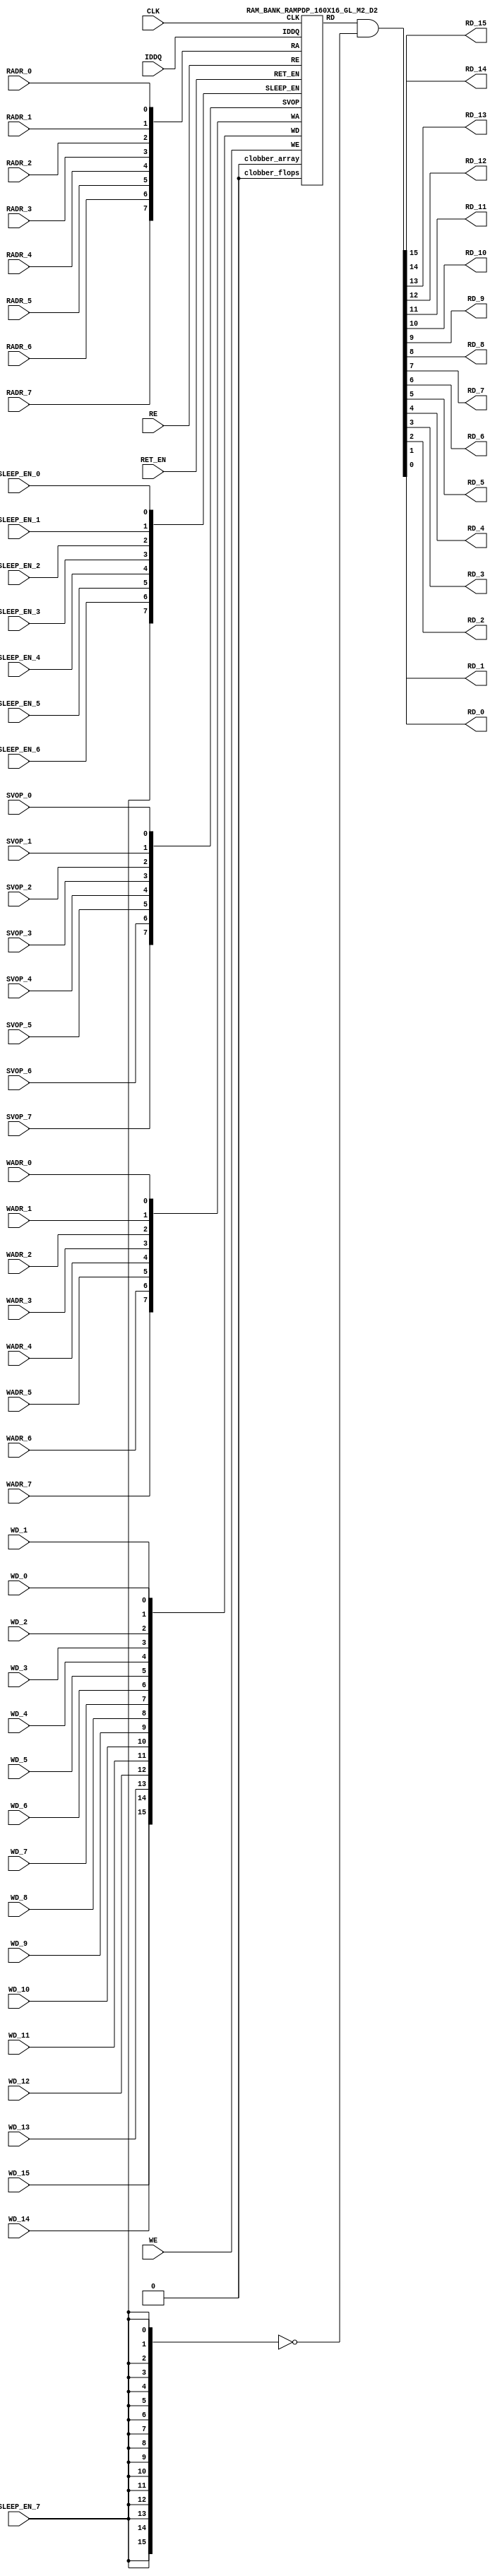
// ================================================================
// NVDLA Open Source Project
// 
// Copyright(c) 2016 - 2017 NVIDIA Corporation.  Licensed under the
// NVDLA Open Hardware License; Check "LICENSE" which comes with 
// this distribution for more information.
// ================================================================


`ifdef EMULATION
	`define SYNTHESIS
`endif

`ifndef SYNTHESIS
	`ifdef FAULT_INJECTION
		`define SIM_and_FAULT
	`endif
`endif

`ifndef SYNTHESIS
	`ifdef MONITOR
		`define SIM_and_MONITOR
	`endif
`endif


`ifndef SYNTHESIS 
`timescale 10ps/1ps
`endif 
`celldefine
module RAMPDP_160X16_GL_M2_D2 (  WE,  CLK, IDDQ, SVOP_0, SVOP_1, SVOP_2, SVOP_3, SVOP_4, SVOP_5, SVOP_6, SVOP_7 
,WD_15, WD_14, WD_13, WD_12, WD_11, WD_10, WD_9, WD_8, WD_7, WD_6, WD_5, WD_4, WD_3, WD_2, WD_1, WD_0,RD_15, RD_14, RD_13, RD_12, RD_11, RD_10, RD_9, RD_8, RD_7, RD_6, RD_5, RD_4, RD_3, RD_2, RD_1, RD_0, RE
, RADR_7, RADR_6, RADR_5, RADR_4, RADR_3, RADR_2, RADR_1, RADR_0, WADR_7, WADR_6, WADR_5, WADR_4, WADR_3, WADR_2, WADR_1, WADR_0, SLEEP_EN_7, SLEEP_EN_6, SLEEP_EN_5, SLEEP_EN_4, SLEEP_EN_3, SLEEP_EN_2, SLEEP_EN_1, SLEEP_EN_0, RET_EN
);

// nvProps NoBus SLEEP_EN_

`ifndef RAM_INTERFACE
`ifndef SYNTHESIS
// Physical ram size defined as localparam
parameter phy_rows = 80;
parameter phy_cols = 32;
parameter phy_rcols_pos = 32'b00000000000000000000000000000000;

`endif //SYNTHESIS
`endif //RAM_INTERFACE

// Test mode control ports
input IDDQ;
// Clock port
input CLK;
// SVOP ports
input SVOP_0, SVOP_1, SVOP_2, SVOP_3, SVOP_4, SVOP_5, SVOP_6, SVOP_7;
// Write data ports
input WD_15, WD_14, WD_13, WD_12, WD_11, WD_10, WD_9, WD_8, WD_7, WD_6, WD_5, WD_4, WD_3, WD_2, WD_1, WD_0;
// Read data ports
output RD_15, RD_14, RD_13, RD_12, RD_11, RD_10, RD_9, RD_8, RD_7, RD_6, RD_5, RD_4, RD_3, RD_2, RD_1, RD_0;
// Read enable ports
input RE;
// Write enable ports
input WE;
// Read address ports
input RADR_7, RADR_6, RADR_5, RADR_4, RADR_3, RADR_2, RADR_1, RADR_0;
// Write address ports
input WADR_7, WADR_6, WADR_5, WADR_4, WADR_3, WADR_2, WADR_1, WADR_0;

// PG Zone enables
input SLEEP_EN_0, SLEEP_EN_1, SLEEP_EN_2, SLEEP_EN_3, SLEEP_EN_4, SLEEP_EN_5, SLEEP_EN_6, SLEEP_EN_7, RET_EN;

`ifndef RAM_INTERFACE
wire VDD = 1'b1;
wire GND  = 1'b0;

// Combine the sleep enable pins into one bus
	wire [7:0] SLEEP_EN = {SLEEP_EN_7, SLEEP_EN_6, SLEEP_EN_5, SLEEP_EN_4, SLEEP_EN_3, SLEEP_EN_2, SLEEP_EN_1, SLEEP_EN_0};

// Signal to clamp the outputs when the VDD is power gated off.
	wire clamp_rd   = SLEEP_EN[7] ;

// State point clobering signals
// X-out state points when their power goes out
    wire clobber_x;
`ifndef SYNTHESIS
`ifdef DISABLE_REPAIR_X
    wire check_x = (RET_EN ^ (^SLEEP_EN[7:0]) ^  SVOP_0 ^ SVOP_1 ^ SVOP_2 ^ SVOP_3 ^ SVOP_4 ^ SVOP_5 ^ SVOP_6 ^ SVOP_7);
`else 
    wire check_x = (RET_EN ^ (^SLEEP_EN[7:0]) ^  SVOP_0 ^ SVOP_1 ^ SVOP_2 ^ SVOP_3 ^ SVOP_4 ^ SVOP_5 ^ SVOP_6 ^ SVOP_7 );
`endif 
    assign clobber_x = ((check_x === 1'bx) || (check_x === 1'bz))?1'b1:1'b0;
 
    wire clobber_array = (~RET_EN & (|SLEEP_EN[3:0]))  | clobber_x;
    wire clobber_flops = (|SLEEP_EN[7:4]) | clobber_x ;
`else //SYNTHESIS
    wire clobber_array = 1'b0;
    wire clobber_flops = 1'b0;
    assign clobber_x = 1'b0;
`endif //SYNTHESIS 

// Output valid signal
// Outputs are unknown in non-retention mode if VDDM is powered up , but VDD is not 
    wire outvalid;
	assign outvalid = ~(clobber_x | (~RET_EN & (|SLEEP_EN[3:0]) & (|(~SLEEP_EN[7:4]))));


//assemble & rename wires
// Extend the MSB's of the read/write addresses to cover all the flop inputs
// The number of address flops is fixed. Also combine all the individual *_* bits into one bus
	wire [7:0] RA = {RADR_7, RADR_6, RADR_5, RADR_4, RADR_3, RADR_2, RADR_1, RADR_0};
	wire [7:0] WA = {WADR_7, WADR_6, WADR_5, WADR_4, WADR_3, WADR_2, WADR_1, WADR_0};
// Combine all the write data input bits
	wire [15:0] WD = {WD_15, WD_14, WD_13, WD_12, WD_11, WD_10, WD_9, WD_8, WD_7, WD_6, WD_5, WD_4, WD_3, WD_2, WD_1, WD_0};
	wire [15:0] RD;
// Expand the read data bus into individual output bits
//	assign {RD_15, RD_14, RD_13, RD_12, RD_11, RD_10, RD_9, RD_8, RD_7, RD_6, RD_5, RD_4, RD_3, RD_2, RD_1, RD_0} = (outvalid) ? RD : 16'bx;
// Do the read data swizzing based on the number of words and bits. 
`ifndef SYNTHESIS
	assign {RD_15, RD_14, RD_13, RD_12, RD_11, RD_10, RD_9, RD_8, RD_7, RD_6, RD_5, RD_4, RD_3, RD_2, RD_1, RD_0} = (outvalid) ? RD & ~{16{clamp_rd}} : 16'bx;
`else
	assign {RD_15, RD_14, RD_13, RD_12, RD_11, RD_10, RD_9, RD_8, RD_7, RD_6, RD_5, RD_4, RD_3, RD_2, RD_1, RD_0} =  RD & ~{16{clamp_rd}};
`endif
	wire [7:0] SVOP = {SVOP_7, SVOP_6, SVOP_5, SVOP_4, SVOP_3, SVOP_2, SVOP_1, SVOP_0};


`ifndef EMULATION

// Instantiate memory bank
// This block defines the core functionality of the rams.
	RAM_BANK_RAMPDP_160X16_GL_M2_D2 ITOP ( WE, CLK, IDDQ, SVOP, WD, RD, RE, RA, WA
, SLEEP_EN
,  RET_EN, clobber_array , clobber_flops 
);

`ifndef SYNTHESIS 
// Tasks for initializing the arrays
//VCS coverage off    
always  @(clobber_array) begin : clobber_array_block
    integer i;
    if (clobber_array) begin
	    for (i=0; i<160; i=i+1) begin
		     mem_wr_raw(i, {16{1'bx}});
		end
    end
end


always  @(clobber_flops) begin
  if (clobber_flops) begin
      ITOP.RE_LATB <= 1'bx;
      ITOP.RE_FF <= 1'bx;
      ITOP.WE_LATB <= 1'bx;
      ITOP.WE_FF <= 1'bx;
      ITOP.RADR <= 8'bx;
      ITOP.WADR <= 8'bx;
      ITOP.WAFF <= 8'bx;
      ITOP.WDQ_pr <= 16'bx;
      ITOP.dout <= 16'bx;
  end
end  
//VCS coverage on    

//VCS coverage off    
task mem_wr_raw;
  input [7:0] addr;
  input [15:0] data;
  begin
    if (addr[0] == 1'b0) 
        ITOP.iow0.mem_wr_raw_subbank(addr[7:1], data);
    else if (addr[0] == 1'b1)
        ITOP.iow1.mem_wr_raw_subbank(addr[7:1], data);
  end
endtask

// Ramgen function for writing the arrays 
task mem_write;
  input [7:0] addr;
  input [15:0] data;
  begin
    ITOP.mem_write_bank(addr,data);
  end
endtask

// Ramgen function for reading the arrays 
function [15:0] mem_read;
input [7:0] addr;
  begin
        mem_read = ITOP.mem_read_bank(addr);
  end
endfunction


// Random only generates 32 bit value.
// If nbits > 32, call it multiple times
// Old random fill fills all memory locations with same random value


task mem_fill_random;
	reg [15:0] val;
	integer i;
	begin
		for (i=0; i<160; i=i+1) begin
		    val = {$random};
		    mem_wr_raw(i, val);
		end
	end 
endtask

// Fill the memory with a given bit value 
task mem_fill_value;
    input fill_bit;
	reg [15:0] val;
    integer i;
    begin
        val = {16{fill_bit}};
        for (i=0; i<160; i=i+1) begin
		    mem_wr_raw(i, val);
        end
    end
endtask 

// read logical address and feed into salat
task force_rd;
input [7:0] addr;
	reg [15:0] rd;

	`ifdef USE_RAMINIT_LIBS
	reg raminit_active, raminit_argcheck, raminit_debug, raminit_enable, raminit_random, raminit_invert,
	    raminit_val, raminit_waitclock, raminit_use_force;
	real raminit_delay_ns, raminit_waitclock_check_ns;
	initial
	begin
	  raminit_active    = 0; // default is inactive (plusarg to active the ram init functionality)
	  raminit_argcheck  = 0; // default is no plusargs check (apart from raminit_active and raminit_argcheck)
	  raminit_debug     = 0; // default is no debug messages
	  raminit_enable    = 0; // default is no init (variable indicating if the ram init functionality is enabled for this instance)
	  raminit_random    = 0; // default is no random init
	  raminit_invert    = 0; // default is not to invert the init value
	  raminit_val       = 0; // default init value is zero
	  raminit_waitclock = 0; // default is not to wait to clock to be non-X
	  raminit_use_force = 1; // default is to use force/release
	  raminit_delay_ns           = `ifdef NV_TOP_RESET_ON_DELAY  (`NV_TOP_RESET_ON_DELAY+2) `else 3 `endif; // default is 2ns after nv_top_reset_ goes low or ram clock is not X
	  raminit_waitclock_check_ns = `ifdef NV_TOP_RESET_OFF_DELAY (`NV_TOP_RESET_OFF_DELAY)  `else 0 `endif; // default is when nv_top_reset_ goes high
	  $value$plusargs("raminit_active=%d",    raminit_active);
	  $value$plusargs("raminit_argcheck=%d",  raminit_argcheck);
	  if (raminit_argcheck)
	  begin
	    // The following variables are not usually used as plusargs, but instead set through add_inst_array calls or the init_inst_file.
	    $value$plusargs("raminit_debug=%d",              raminit_debug);
	    $value$plusargs("raminit_enable=%d",             raminit_enable);
	    $value$plusargs("raminit_random=%d",             raminit_random);
	    $value$plusargs("raminit_invert=%d",             raminit_invert);
	    $value$plusargs("raminit_val=%d",                raminit_val);
	    $value$plusargs("raminit_waitclock=%d",          raminit_waitclock);
	    $value$plusargs("raminit_delay_ns=%f",           raminit_delay_ns);
	    $value$plusargs("raminit_waitclock_check_ns=%f", raminit_waitclock_check_ns);
	    $value$plusargs("raminit_use_force=%d",          raminit_use_force);
	  end
	  `ifdef INST_CHECK
	  `INST_CHECK(ram_inst_check0,raminit_active,raminit_debug,raminit_enable,raminit_random,raminit_val,raminit_invert,raminit_waitclock,raminit_delay_ns,raminit_waitclock_check_ns);
	  `endif
	  if (!raminit_active)  raminit_enable = 0;
	  else if (raminit_enable)
	  begin
	    if (raminit_random) raminit_val = `ifdef NO_PLI 1'b0 `else $RollPLI(0,1) `endif;
	    if (raminit_invert) raminit_val = ~raminit_val;
	  end
	  if (raminit_debug)
	  begin
	    $display("%m: raminit_active              = %d", raminit_active);
	    $display("%m: raminit_argcheck            = %d", raminit_argcheck);
	    $display("%m: raminit_debug               = %d", raminit_debug);
	    $display("%m: raminit_enable              = %d", raminit_enable);
	    $display("%m: raminit_random              = %d", raminit_random);
	    $display("%m: raminit_invert              = %d", raminit_invert);
	    $display("%m: raminit_val                 = %d", raminit_val);
	    $display("%m: raminit_waitclock           = %d", raminit_waitclock);
	    $display("%m: raminit_delay_ns            = %f ns", raminit_delay_ns);
	    $display("%m: raminit_waitclock_check_ns  = %f ns", raminit_waitclock_check_ns);
	    $display("%m: raminit_use_force           = %d", raminit_use_force);
	  end
	end
	`endif

	`ifdef USE_RAMINIT_LIBS
	// init rd
	task init_rd_regs;
	begin
	  #0; // wait for raminit variables to be set
	  if (raminit_enable)
	  begin : raminit_val_blk
	    reg [16-1:0] raminit_fullval;
	    if (raminit_random)  raminit_fullval = `ifdef NO_PLI {16 {1'b1}} `else { $RollPLI(0,{16{1'b1}}) } `endif ;
	    else                 raminit_fullval = {16 {raminit_val}};
	    if (raminit_invert)  raminit_fullval = ~raminit_fullval;
	    if (raminit_use_force)  force rd = raminit_fullval;
	    if (raminit_waitclock)  wait ( !== 1'bx);
	    #(raminit_delay_ns*100);
	    `ifdef INST_WAITCLOCK_CHECK
	    `INST_WAITCLOCK_CHECK(waitclock_inst_check0,raminit_waitclock,raminit_waitclock_check_ns,100)
	    `endif
	    if (raminit_use_force)  release rd;
	    rd = raminit_fullval;
	  end
	end
	endtask
	initial begin init_rd_regs();  end
	`ifdef RAMINIT_TRIGGER
	always @(`RAMINIT_TRIGGER)  init_rd_regs();
	`endif
	`endif // `ifdef USE_RAMINIT_LIBS

	begin
        if (addr[0] == 1'b0) 
            rd = ITOP.iow0.mem_read_raw_subbank(addr[7:1]);
        else if (addr[0] == 1'b1)
            rd = ITOP.iow1.mem_read_raw_subbank(addr[7:1]);
		ITOP.dout = rd;
	end
endtask

`ifdef MEM_PHYS_INFO
//function for physical array read row, takes physical address
function [31:0] mem_phys_read_padr;
input [6:0] addr;
	reg [31:0] rd_row;

	`ifdef USE_RAMINIT_LIBS
	// init rd_row
	task init_rd_row_regs;
	begin
	  #0; // wait for raminit variables to be set
	  if (raminit_enable)
	  begin : raminit_val_blk
	    reg [32-1:0] raminit_fullval;
	    if (raminit_random)  raminit_fullval = `ifdef NO_PLI {32 {1'b1}} `else { $RollPLI(0,{32{1'b1}}) } `endif ;
	    else                 raminit_fullval = {32 {raminit_val}};
	    if (raminit_invert)  raminit_fullval = ~raminit_fullval;
	    if (raminit_use_force)  force rd_row = raminit_fullval;
	    if (raminit_waitclock)  wait ( !== 1'bx);
	    #(raminit_delay_ns*100);
	    `ifdef INST_WAITCLOCK_CHECK
	    `INST_WAITCLOCK_CHECK(waitclock_inst_check1,raminit_waitclock,raminit_waitclock_check_ns,100)
	    `endif
	    if (raminit_use_force)  release rd_row;
	    rd_row = raminit_fullval;
	  end
	end
	endtask
	initial begin init_rd_row_regs();  end
	`ifdef RAMINIT_TRIGGER
	always @(`RAMINIT_TRIGGER)  init_rd_row_regs();
	`endif
	`endif // `ifdef USE_RAMINIT_LIBS

	reg [15:0] rd[1:0];
	integer i;
	begin
        rd[0] = ITOP.iow0.mem_read_raw_subbank(addr);
        rd[1] = ITOP.iow1.mem_read_raw_subbank(addr);
        for (i=0; i<=15; i=i+1) begin
            rd_row[i*2+0] = rd[0][i];
            rd_row[i*2+1] = rd[1][i];
		end
		mem_phys_read_padr = rd_row;
	end
endfunction

//function for physical array read row, takes logical address
function [31:0] mem_phys_read_ladr;
input [7:0] addr;
    reg [6:0] paddr;
	reg [31:0] rd_row;

	`ifdef USE_RAMINIT_LIBS
	// init rd_row
	task init_rd_row_regs;
	begin
	  #0; // wait for raminit variables to be set
	  if (raminit_enable)
	  begin : raminit_val_blk
	    reg [32-1:0] raminit_fullval;
	    if (raminit_random)  raminit_fullval = `ifdef NO_PLI {32 {1'b1}} `else { $RollPLI(0,{32{1'b1}}) } `endif ;
	    else                 raminit_fullval = {32 {raminit_val}};
	    if (raminit_invert)  raminit_fullval = ~raminit_fullval;
	    if (raminit_use_force)  force rd_row = raminit_fullval;
	    if (raminit_waitclock)  wait ( !== 1'bx);
	    #(raminit_delay_ns*100);
	    `ifdef INST_WAITCLOCK_CHECK
	    `INST_WAITCLOCK_CHECK(waitclock_inst_check2,raminit_waitclock,raminit_waitclock_check_ns,100)
	    `endif
	    if (raminit_use_force)  release rd_row;
	    rd_row = raminit_fullval;
	  end
	end
	endtask
	initial begin init_rd_row_regs();  end
	`ifdef RAMINIT_TRIGGER
	always @(`RAMINIT_TRIGGER)  init_rd_row_regs();
	`endif
	`endif // `ifdef USE_RAMINIT_LIBS

	reg [15:0] rd[1:0];
	integer i;
	begin
        paddr = (addr >> 1);
        rd[0] = ITOP.iow0.mem_read_raw_subbank(paddr);
        rd[1] = ITOP.iow1.mem_read_raw_subbank(paddr);
        for (i=0; i<=15; i=i+1) begin
            rd_row[i*2+0] = rd[0][i];
            rd_row[i*2+1] = rd[1][i];
		end
		mem_phys_read_ladr = rd_row;
	end
endfunction


//function for physical array read row with column masking, takes logical address
function [31:0] mem_phys_read_pmasked;
input [7:0] addr;
   reg [31:0] rd_row;

   `ifdef USE_RAMINIT_LIBS
   // init rd_row
   task init_rd_row_regs;
   begin
     #0; // wait for raminit variables to be set
     if (raminit_enable)
     begin : raminit_val_blk
       reg [32-1:0] raminit_fullval;
       if (raminit_random)  raminit_fullval = `ifdef NO_PLI {32 {1'b1}} `else { $RollPLI(0,{32{1'b1}}) } `endif ;
       else                 raminit_fullval = {32 {raminit_val}};
       if (raminit_invert)  raminit_fullval = ~raminit_fullval;
       if (raminit_use_force)  force rd_row = raminit_fullval;
       if (raminit_waitclock)  wait ( !== 1'bx);
       #(raminit_delay_ns*100);
       `ifdef INST_WAITCLOCK_CHECK
       `INST_WAITCLOCK_CHECK(waitclock_inst_check3,raminit_waitclock,raminit_waitclock_check_ns,100)
       `endif
       if (raminit_use_force)  release rd_row;
       rd_row = raminit_fullval;
     end
   end
   endtask
   initial begin init_rd_row_regs();  end
   `ifdef RAMINIT_TRIGGER
   always @(`RAMINIT_TRIGGER)  init_rd_row_regs();
   `endif
   `endif // `ifdef USE_RAMINIT_LIBS

   reg [15:0] rd[1 : 0];
   integer i;
   begin
        rd[0] = (addr[0:0] === 0) ? ITOP.iow0.mem_read_raw_subbank(addr[7:1]) : 16'bx;
        rd[1] = (addr[0:0] === 1) ? ITOP.iow1.mem_read_raw_subbank(addr[7:1]) : 16'bx;
        for (i=0; i<=15; i=i+1) begin
            rd_row[i*2+0] = rd[0][i];
            rd_row[i*2+1] = rd[1][i];
        end
        mem_phys_read_pmasked = rd_row;
    end
endfunction

//Task for physical array write row, takes physical address
task mem_phys_write;
input [6:0] addr;
input [31:0] data;
	reg [15:0] wr[1:0];
	integer i;
	begin
        for (i=0; i<=15; i=i+1) begin
            wr[0][i] = data[i*2+0];
            wr[1][i] = data[i*2+1];
		end
        ITOP.iow0.mem_wr_raw_subbank(addr,wr[0]);
        ITOP.iow1.mem_wr_raw_subbank(addr,wr[1]);
	end
endtask

// Function to return a physical address given a logical address input.
function [6:0] mem_log_to_phys_adr;
input [7:0] addr;
    begin
        mem_log_to_phys_adr = (addr >> 1) ; 
    end
endfunction 
`endif //MEM_PHYS_INFO

`ifdef MONITOR
// Monitor dump trigger
reg dump_monitor_result;

initial begin : init_monitor
  dump_monitor_result = 1'b0;
end

task monitor_on;
    begin
		ITOP.iow0.monitor_on = 1'b1;
		ITOP.iow1.monitor_on = 1'b1;
   end
endtask

task monitor_off;
    begin
		ITOP.iow0.monitor_on = 1'b0;
		ITOP.iow1.monitor_on = 1'b0;
        dump_monitor_result = 1'b1;
    end
endtask

// read bit_written monitor row by physical address from subarray
function [31:0] mon_bit_w;
input [6:0] addr;
	reg [31:0] mon_row;
	reg [15:0] mon_word[1:0];
	integer i;
	begin
		// read all monitor words for a row
		mon_word[0] = ITOP.iow0.bit_written[addr];
		mon_word[1] = ITOP.iow1.bit_written[addr];
		// combine all 2 words to a row
		for (i=0; i<=15; i=i+1) begin
			mon_row[i*2+0] = mon_word[0][i];
			mon_row[i*2+1] = mon_word[1][i];
		end
		mon_bit_w = mon_row;
	end
endfunction

// read bit_read monitor word by address from subarray
function [31:0] mon_bit_r;
input [6:0] addr;
	reg [31:0] mon_row;
	reg [15:0] mon_word[1:0];
	integer i;
	begin
		// read all monitor words for a row
		mon_word[0] = ITOP.iow0.bit_read[addr];
		mon_word[1] = ITOP.iow1.bit_read[addr];
		// combine all 2 words to a row
		for (i=0; i<=15; i=i+1) begin
			mon_row[i*2+0] = mon_word[0][i];
			mon_row[i*2+1] = mon_word[1][i];
		end
		mon_bit_r = mon_row;
	end
endfunction

// read word_written monitor row by physical address from subarray
function  mon_word_w;
input [6:0] addr;
	reg mon_word[1:0];
	integer i;
	begin
		// read all monitor words for a row
		mon_word[0] = ITOP.iow0.word_written[addr];
		mon_word[1] = ITOP.iow1.word_written[addr];
		// combine all 2 words to a row
		mon_word_w = mon_word[0] | mon_word[1] ;
	end
endfunction

// read word_read monitor row by physical address from subarray
function  mon_word_r;
input [6:0] addr;
	reg mon_word[1:0];
	integer i;
	begin
		// read all monitor words for a row
		mon_word[0] = ITOP.iow0.word_read[addr];
		mon_word[1] = ITOP.iow1.word_read[addr];
		// combine all 2 words to a row
		mon_word_r = mon_word[0] | mon_word[1] ;
	end
endfunction

always @(dump_monitor_result) begin : dump_monitor
	integer i;
	integer j;
	reg [31:0] tmp_row;
    reg tmp_bit;
	if (dump_monitor_result == 1'b1) begin
	    $display("Exercised coverage summary:");
        $display("\t%m rows unwritten:");
        for(i=0;i<=80;i=i+1) begin
			tmp_bit = mon_word_w(i);
            if (tmp_bit !== 1) $display("\t\trow %d", i);
		end
        $display("\t%m rows unread:");
        for(i=0;i<=80;i=i+1) begin
			tmp_bit = mon_word_r(i);
            if (tmp_bit !== 1) $display("\t\trow %d", i);
		end
		$display("\t%m bits not written as 0:");
		for (i=0; i<80; i=i+1) begin
			tmp_row = mon_bit_w(i);
			for (j=0; j<32; j=j+1) begin
				if (tmp_row[j] !== 1'b0 && tmp_row[j] !== 1'bz) $display("\t\t[row,bit] [%d,%d]", i, j);
			end
		end
		$display("\t%m bits not written as 1:");
		for (i=0; i<80; i=i+1) begin
			tmp_row = mon_bit_w(i);
			for (j=0; j<32; j=j+1) begin
				if (tmp_row[j] !== 1'b1 && tmp_row[j] !== 1'bz) $display("\t\t[row,bit] [%d,%d]", i, j);
			end
		end
		$display("\t%m bits not read as 0:");
		for (i=0; i<80; i=i+1) begin
			tmp_row = mon_bit_r(i);
			for (j=0; j<32; j=j+1) begin
				if (tmp_row[j] !== 1'b0 && tmp_row[j] !== 1'bz) $display("\t\t[row,bit] [%d,%d]", i, j);
			end
		end
		$display("\t%m bits not read as 1:");
		for (i=0; i<80; i=i+1) begin
			tmp_row = mon_bit_r(i);
			for (j=0; j<32; j=j+1) begin
				if (tmp_row[j] !== 1'b1 && tmp_row[j] !== 1'bz) $display("\t\t[row,bit] [%d,%d]", i, j);
			end
		end
		dump_monitor_result = 1'b0;
	end
end

//VCS coverage on    
`endif // MONITOR

`ifdef NV_RAM_EXPAND_ARRAY
wire [15:0] Q_0 = ITOP.iow0.arr[0];
wire [15:0] Q_1 = ITOP.iow1.arr[0];
wire [15:0] Q_2 = ITOP.iow0.arr[1];
wire [15:0] Q_3 = ITOP.iow1.arr[1];
wire [15:0] Q_4 = ITOP.iow0.arr[2];
wire [15:0] Q_5 = ITOP.iow1.arr[2];
wire [15:0] Q_6 = ITOP.iow0.arr[3];
wire [15:0] Q_7 = ITOP.iow1.arr[3];
wire [15:0] Q_8 = ITOP.iow0.arr[4];
wire [15:0] Q_9 = ITOP.iow1.arr[4];
wire [15:0] Q_10 = ITOP.iow0.arr[5];
wire [15:0] Q_11 = ITOP.iow1.arr[5];
wire [15:0] Q_12 = ITOP.iow0.arr[6];
wire [15:0] Q_13 = ITOP.iow1.arr[6];
wire [15:0] Q_14 = ITOP.iow0.arr[7];
wire [15:0] Q_15 = ITOP.iow1.arr[7];
wire [15:0] Q_16 = ITOP.iow0.arr[8];
wire [15:0] Q_17 = ITOP.iow1.arr[8];
wire [15:0] Q_18 = ITOP.iow0.arr[9];
wire [15:0] Q_19 = ITOP.iow1.arr[9];
wire [15:0] Q_20 = ITOP.iow0.arr[10];
wire [15:0] Q_21 = ITOP.iow1.arr[10];
wire [15:0] Q_22 = ITOP.iow0.arr[11];
wire [15:0] Q_23 = ITOP.iow1.arr[11];
wire [15:0] Q_24 = ITOP.iow0.arr[12];
wire [15:0] Q_25 = ITOP.iow1.arr[12];
wire [15:0] Q_26 = ITOP.iow0.arr[13];
wire [15:0] Q_27 = ITOP.iow1.arr[13];
wire [15:0] Q_28 = ITOP.iow0.arr[14];
wire [15:0] Q_29 = ITOP.iow1.arr[14];
wire [15:0] Q_30 = ITOP.iow0.arr[15];
wire [15:0] Q_31 = ITOP.iow1.arr[15];
wire [15:0] Q_32 = ITOP.iow0.arr[16];
wire [15:0] Q_33 = ITOP.iow1.arr[16];
wire [15:0] Q_34 = ITOP.iow0.arr[17];
wire [15:0] Q_35 = ITOP.iow1.arr[17];
wire [15:0] Q_36 = ITOP.iow0.arr[18];
wire [15:0] Q_37 = ITOP.iow1.arr[18];
wire [15:0] Q_38 = ITOP.iow0.arr[19];
wire [15:0] Q_39 = ITOP.iow1.arr[19];
wire [15:0] Q_40 = ITOP.iow0.arr[20];
wire [15:0] Q_41 = ITOP.iow1.arr[20];
wire [15:0] Q_42 = ITOP.iow0.arr[21];
wire [15:0] Q_43 = ITOP.iow1.arr[21];
wire [15:0] Q_44 = ITOP.iow0.arr[22];
wire [15:0] Q_45 = ITOP.iow1.arr[22];
wire [15:0] Q_46 = ITOP.iow0.arr[23];
wire [15:0] Q_47 = ITOP.iow1.arr[23];
wire [15:0] Q_48 = ITOP.iow0.arr[24];
wire [15:0] Q_49 = ITOP.iow1.arr[24];
wire [15:0] Q_50 = ITOP.iow0.arr[25];
wire [15:0] Q_51 = ITOP.iow1.arr[25];
wire [15:0] Q_52 = ITOP.iow0.arr[26];
wire [15:0] Q_53 = ITOP.iow1.arr[26];
wire [15:0] Q_54 = ITOP.iow0.arr[27];
wire [15:0] Q_55 = ITOP.iow1.arr[27];
wire [15:0] Q_56 = ITOP.iow0.arr[28];
wire [15:0] Q_57 = ITOP.iow1.arr[28];
wire [15:0] Q_58 = ITOP.iow0.arr[29];
wire [15:0] Q_59 = ITOP.iow1.arr[29];
wire [15:0] Q_60 = ITOP.iow0.arr[30];
wire [15:0] Q_61 = ITOP.iow1.arr[30];
wire [15:0] Q_62 = ITOP.iow0.arr[31];
wire [15:0] Q_63 = ITOP.iow1.arr[31];
wire [15:0] Q_64 = ITOP.iow0.arr[32];
wire [15:0] Q_65 = ITOP.iow1.arr[32];
wire [15:0] Q_66 = ITOP.iow0.arr[33];
wire [15:0] Q_67 = ITOP.iow1.arr[33];
wire [15:0] Q_68 = ITOP.iow0.arr[34];
wire [15:0] Q_69 = ITOP.iow1.arr[34];
wire [15:0] Q_70 = ITOP.iow0.arr[35];
wire [15:0] Q_71 = ITOP.iow1.arr[35];
wire [15:0] Q_72 = ITOP.iow0.arr[36];
wire [15:0] Q_73 = ITOP.iow1.arr[36];
wire [15:0] Q_74 = ITOP.iow0.arr[37];
wire [15:0] Q_75 = ITOP.iow1.arr[37];
wire [15:0] Q_76 = ITOP.iow0.arr[38];
wire [15:0] Q_77 = ITOP.iow1.arr[38];
wire [15:0] Q_78 = ITOP.iow0.arr[39];
wire [15:0] Q_79 = ITOP.iow1.arr[39];
wire [15:0] Q_80 = ITOP.iow0.arr[40];
wire [15:0] Q_81 = ITOP.iow1.arr[40];
wire [15:0] Q_82 = ITOP.iow0.arr[41];
wire [15:0] Q_83 = ITOP.iow1.arr[41];
wire [15:0] Q_84 = ITOP.iow0.arr[42];
wire [15:0] Q_85 = ITOP.iow1.arr[42];
wire [15:0] Q_86 = ITOP.iow0.arr[43];
wire [15:0] Q_87 = ITOP.iow1.arr[43];
wire [15:0] Q_88 = ITOP.iow0.arr[44];
wire [15:0] Q_89 = ITOP.iow1.arr[44];
wire [15:0] Q_90 = ITOP.iow0.arr[45];
wire [15:0] Q_91 = ITOP.iow1.arr[45];
wire [15:0] Q_92 = ITOP.iow0.arr[46];
wire [15:0] Q_93 = ITOP.iow1.arr[46];
wire [15:0] Q_94 = ITOP.iow0.arr[47];
wire [15:0] Q_95 = ITOP.iow1.arr[47];
wire [15:0] Q_96 = ITOP.iow0.arr[48];
wire [15:0] Q_97 = ITOP.iow1.arr[48];
wire [15:0] Q_98 = ITOP.iow0.arr[49];
wire [15:0] Q_99 = ITOP.iow1.arr[49];
wire [15:0] Q_100 = ITOP.iow0.arr[50];
wire [15:0] Q_101 = ITOP.iow1.arr[50];
wire [15:0] Q_102 = ITOP.iow0.arr[51];
wire [15:0] Q_103 = ITOP.iow1.arr[51];
wire [15:0] Q_104 = ITOP.iow0.arr[52];
wire [15:0] Q_105 = ITOP.iow1.arr[52];
wire [15:0] Q_106 = ITOP.iow0.arr[53];
wire [15:0] Q_107 = ITOP.iow1.arr[53];
wire [15:0] Q_108 = ITOP.iow0.arr[54];
wire [15:0] Q_109 = ITOP.iow1.arr[54];
wire [15:0] Q_110 = ITOP.iow0.arr[55];
wire [15:0] Q_111 = ITOP.iow1.arr[55];
wire [15:0] Q_112 = ITOP.iow0.arr[56];
wire [15:0] Q_113 = ITOP.iow1.arr[56];
wire [15:0] Q_114 = ITOP.iow0.arr[57];
wire [15:0] Q_115 = ITOP.iow1.arr[57];
wire [15:0] Q_116 = ITOP.iow0.arr[58];
wire [15:0] Q_117 = ITOP.iow1.arr[58];
wire [15:0] Q_118 = ITOP.iow0.arr[59];
wire [15:0] Q_119 = ITOP.iow1.arr[59];
wire [15:0] Q_120 = ITOP.iow0.arr[60];
wire [15:0] Q_121 = ITOP.iow1.arr[60];
wire [15:0] Q_122 = ITOP.iow0.arr[61];
wire [15:0] Q_123 = ITOP.iow1.arr[61];
wire [15:0] Q_124 = ITOP.iow0.arr[62];
wire [15:0] Q_125 = ITOP.iow1.arr[62];
wire [15:0] Q_126 = ITOP.iow0.arr[63];
wire [15:0] Q_127 = ITOP.iow1.arr[63];
wire [15:0] Q_128 = ITOP.iow0.arr[64];
wire [15:0] Q_129 = ITOP.iow1.arr[64];
wire [15:0] Q_130 = ITOP.iow0.arr[65];
wire [15:0] Q_131 = ITOP.iow1.arr[65];
wire [15:0] Q_132 = ITOP.iow0.arr[66];
wire [15:0] Q_133 = ITOP.iow1.arr[66];
wire [15:0] Q_134 = ITOP.iow0.arr[67];
wire [15:0] Q_135 = ITOP.iow1.arr[67];
wire [15:0] Q_136 = ITOP.iow0.arr[68];
wire [15:0] Q_137 = ITOP.iow1.arr[68];
wire [15:0] Q_138 = ITOP.iow0.arr[69];
wire [15:0] Q_139 = ITOP.iow1.arr[69];
wire [15:0] Q_140 = ITOP.iow0.arr[70];
wire [15:0] Q_141 = ITOP.iow1.arr[70];
wire [15:0] Q_142 = ITOP.iow0.arr[71];
wire [15:0] Q_143 = ITOP.iow1.arr[71];
wire [15:0] Q_144 = ITOP.iow0.arr[72];
wire [15:0] Q_145 = ITOP.iow1.arr[72];
wire [15:0] Q_146 = ITOP.iow0.arr[73];
wire [15:0] Q_147 = ITOP.iow1.arr[73];
wire [15:0] Q_148 = ITOP.iow0.arr[74];
wire [15:0] Q_149 = ITOP.iow1.arr[74];
wire [15:0] Q_150 = ITOP.iow0.arr[75];
wire [15:0] Q_151 = ITOP.iow1.arr[75];
wire [15:0] Q_152 = ITOP.iow0.arr[76];
wire [15:0] Q_153 = ITOP.iow1.arr[76];
wire [15:0] Q_154 = ITOP.iow0.arr[77];
wire [15:0] Q_155 = ITOP.iow1.arr[77];
wire [15:0] Q_156 = ITOP.iow0.arr[78];
wire [15:0] Q_157 = ITOP.iow1.arr[78];
wire [15:0] Q_158 = ITOP.iow0.arr[79];
wire [15:0] Q_159 = ITOP.iow1.arr[79];
`endif //NV_RAM_EXPAND_ARRAY
`endif //SYNTHESIS

`ifdef FAULT_INJECTION
// BIST stuck at tasks
// induce faults on columns
//VCS coverage off    
task mem_fault_no_write;
input [15:0] fault_mask;
    begin
        ITOP.iow0.mem_fault_no_write_subbank(fault_mask);
        ITOP.iow1.mem_fault_no_write_subbank(fault_mask);
    end
endtask

task mem_fault_stuck_0;
input [15:0] fault_mask;
    begin
        ITOP.iow0.mem_fault_stuck_0_subbank(fault_mask);
        ITOP.iow1.mem_fault_stuck_0_subbank(fault_mask);
    end
endtask

task mem_fault_stuck_1;
input [15:0] fault_mask;
    begin
        ITOP.iow0.mem_fault_stuck_1_subbank(fault_mask);
        ITOP.iow1.mem_fault_stuck_1_subbank(fault_mask);
    end
endtask

task set_bit_fault_stuck_0;
input r;
input c;
integer r;
integer c;

  if ( (r % 2) == 0) 
    ITOP.iow0.set_bit_fault_stuck_0_subbank((r/2), c);
  else if  ( (r % 2) == 1)
    ITOP.iow1.set_bit_fault_stuck_0_subbank((r/2), c);

endtask

task set_bit_fault_stuck_1;
input r;
input c;
integer r;
integer c;
 
    if ( (r % 2) == 0) 
    ITOP.iow0.set_bit_fault_stuck_1_subbank((r/2), c);
  else if  ( (r % 2) == 1)
    ITOP.iow1.set_bit_fault_stuck_1_subbank((r/2), c);

endtask

task clear_bit_fault_stuck_0;
input r;
input c;
integer r;
integer c;

  if ( (r % 2) == 0) 
    ITOP.iow0.clear_bit_fault_stuck_0_subbank((r/2), c);
  else if  ( (r % 2) == 1)
    ITOP.iow1.clear_bit_fault_stuck_0_subbank((r/2), c);

endtask

task clear_bit_fault_stuck_1;
input r;
input c;
integer r;
integer c;

  if ( (r % 2) == 0) 
    ITOP.iow0.clear_bit_fault_stuck_1_subbank((r/2), c);
  else if  ( (r % 2) == 1)
    ITOP.iow1.clear_bit_fault_stuck_1_subbank((r/2), c);

endtask
//VCS coverage on    

`endif // STUCK
`else // EMULATION=1 
//VCS coverage off    
// The emulation model is a simple model which models only basic functionality and contains no test logic or redundancy.
// The model also uses flops wherever possible. Latches are avoided to help close timing on the emulator.
// The unused pins are left floating in the model.

// Register declarations
// enables 
    reg RE_FF,WE_FF,RE_LAT,WE_LAT;
// Addresses 
    reg [7:0] RAFF,WAFF;
// Data 
    reg [15:0] WD_FF;
    reg [15:0] RD_LAT;
 
// Latch the enables
//spyglass disable_block IntClock,W18 
    always @(*) begin 
        if (!CLK) begin
            RE_LAT <= RE; 
            WE_LAT <= WE; 
        end 
    end
//spyglass enable_block IntClock,W18 
            
// Flop the enables : RE/WE/RE_O
    always @(posedge CLK) begin
        RE_FF <= RE; //spyglass disable IntClock
        WE_FF <= WE; //spyglass disable IntClock
    end 

// Gated clock for the read/write operations 
    wire RECLK = CLK & RE_LAT; //spyglass disable GatedClock
    wire WECLK = CLK & WE_LAT; //spyglass disable GatedClock

// Flop the addresses/write data//mask 
    always @(posedge RECLK) 
        RAFF <= RA; //spyglass disable IntClock
    always @(posedge WECLK) begin 
        WAFF <= WA; //spyglass disable IntClock
        WD_FF <= WD; //spyglass disable IntClock
    end 



// Memory 
    reg [15:0] mem[159:0]; 

// write into the memory on negative edge of clock
   wire WRCLK = ~CLK & WE_FF ; //spyglass disable GatedClock
 
    always @(posedge WRCLK)
        mem[WAFF] <= WD_FF; //spyglass disable SYNTH_5130

// Read 
    wire [15:0] dout;
    assign dout = mem[RAFF]; //spyglass disable SYNTH_5130
    reg [15:0] dout_LAT;
    always @(RECLK or dout) 
        if (RECLK) 
            dout_LAT <= dout; //spyglass disable W18
    assign RD = dout_LAT;

`endif // EMULATION
//VCS coverage on    
`endif  // end RAM_INTERFACE
endmodule
`endcelldefine

`ifndef RAM_INTERFACE
`ifndef EMULATION

//memory bank block
module RAM_BANK_RAMPDP_160X16_GL_M2_D2 ( WE, CLK, IDDQ, SVOP, WD, RD, RE, RA, WA
, SLEEP_EN
, RET_EN , clobber_array , clobber_flops 
);

// Input/output port definitions
input  WE, CLK, IDDQ , RE;
input [7:0] SVOP;
input [15:0] WD;
input [7:0] RA, WA;
output [15:0] RD;
input [7:0] SLEEP_EN;

input RET_EN , clobber_array , clobber_flops ; 

// When there is no bypass requested, tie the internal bypass select to 0.
    wire RDBYP = 1'b0;
//Definitions of latches and flops in the design
// *_LAT --> Latched value
// *_LATB --> inverted latch value
// *_FF   --> Flopped version
	reg RE_LATB, RE_FF, WE_LATB, WE_FF;
	reg [7:0] RADR, WADR, WAFF;

    // For non-pipelined rams , capture_dis is disabled
    wire CAPT_DIS = 1'b0;

// Clamp the array access when IDDQ=1
	wire CLAMPB = ~IDDQ;
	wire latffclk = CLK;

// Latch and flop the primary control enables. This is on the unconditional clock.
// spyglass disable_block W18
	always @(*) begin
    // Latch part 
		if(!latffclk & !clobber_flops) begin
            RE_LATB     <= ~RE ;
            // Write Enable 
			WE_LATB     <= ~WE; // spyglass disable IntClock
		end // end if
	end // end always

	always @(*) begin
    // Flop part
		if (latffclk & !clobber_flops) begin
        // Flop outputs of the latches above
            WE_FF      <= ~WE_LATB;
			RE_FF      <= ~RE_LATB;
        end // end if
    end // end always
// spyglass enable_block W18
    
// Conditional clock generation.

// Write enable	and clock
// Clocks are generated when the write enable OR SE == 1 , but SHOLD == 0
    wire we_se   = ~WE_LATB;
	wire WRDCLK  = we_se & latffclk & !clobber_flops; // spyglass disable GatedClock
	wire WADRCLK = WRDCLK;

// Read enable and clock
// There is no SHOLD dependence on the read clocks because these are implemented using loopback flops
// Clocks are generated when the Read enable OR SE == 1
    wire re_se   = ~RE_LATB;
	wire RADRCLK =  re_se & latffclk ;

//  *** The model reads in A , writes in B ***
// Read clock to the memory is off the rising edge of clock
// CLk ==1 , when RE=1 or (SE=1 and SCRE=1) && (ACC_DIS == 1)
// SE=1 and SCRE=1 is needed to force known values into the latches for launch in testmodes.
	wire RECLK   = (~RE_LATB) & CLAMPB & !clobber_flops & !RET_EN & CLK;
// Writes are shifted to the low phase of the clock
// Flopped version of the enables are used to prevent glitches in the clock
// SCWI ==1 prevents writes into the memory
    wire WECLK   = WE_FF &  CLAMPB & !clobber_flops & !RET_EN & ~CLK;
	wire RWSEL   = WE_FF &  CLAMPB & ~CLK;



// Latch read addresses
// spyglass disable_block W18
	always @(*) begin
		if(!RADRCLK & !clobber_flops) begin
			RADR <= RA;
		end // end if
	end // end always


// Flop write address
	always @(posedge WADRCLK) begin
		WAFF <= WA ;
	end
// spyglass enable_block W18


// Force the MSB's to 0 in the SCRE mode. This makes sure that we will always read in from valid addresses for resetting the output latches.
	wire [7:0] RADRSWI = RADR[7:0];
// Select the read address when CLK=1 and write addresses when CLK=0
	wire [7:0] ADR = {8{RWSEL}} & WAFF | ~{8{RWSEL}} & RADRSWI;

	wire [7:0] fusePDEC2;
	wire [7:0] fusePDEC1;
	wire [7:0] fusePDEC0;
    wire fuseien;
// Non repairable rams
    assign fusePDEC2 = {8{1'b0}};
    assign fusePDEC1 = {8{1'b0}};
    assign fusePDEC0 = {8{1'b0}};
    assign fuseien = 0;

//io part
	wire [15:0] WDQ;
	wire [15:0] WDBQ;
	wire [15:0] WMNexp;
	wire [15:0] WMNQ;

// Expand the fuse predec to 512 bits . It follows the 8x8x8 repeat pattern
// We will use only the ones needed for this particular ram configuration and ignore the rest
	wire [511:0] PDEC2 = {{64{fusePDEC2[7]}}, {64{fusePDEC2[6]}}, {64{fusePDEC2[5]}}, {64{fusePDEC2[4]}}, {64{fusePDEC2[3]}}, {64{fusePDEC2[2]}}, {64{fusePDEC2[1]}}, {64{fusePDEC2[0]}}};
	wire [511:0] PDEC1 = {8{{8{fusePDEC1[7]}}, {8{fusePDEC1[6]}}, {8{fusePDEC1[5]}}, {8{fusePDEC1[4]}}, {8{fusePDEC1[3]}}, {8{fusePDEC1[2]}}, {8{fusePDEC1[1]}}, {8{fusePDEC1[0]}}}};
	wire [511:0] PDEC0 = {64{fusePDEC0[7:0]}};
	wire [15:0] BADBIT, SHFT;

// SHIFT<*> == 1 --> No repair at that bit , 0 --> repair at that bit .
// SHIFT<X> == not(and Pdec*<X>) & SHIFT<X-1>
    assign BADBIT = {16{1'b0}};
    assign SHFT   = {16{1'b1}};

    reg [15:0] WDQ_pr;
    wire [15:0] WDBQ_pr;

    assign WMNexp = {16{1'b1}};

    always @(posedge WRDCLK) begin
// Flop write data
		WDQ_pr[15:0]    <= WD & WMNexp;
	end

    assign WDBQ_pr = ~WDQ_pr;

    assign WMNQ = (WDQ | WDBQ);
	assign WDQ  = WDQ_pr;
	assign WDBQ = WDBQ_pr;

    reg [15:0] dout;
	wire [15:0] RD;
	wire RD_rdnt;

	wire [15:0] sel_normal, sel_redun;

// Read bypass is not used for non custom ram
	wire [15:0] RDBYPASS = {16{1'b0}};


// Read bypass will override redunancy mux .
	assign sel_redun  = ~SHFT & ~RDBYPASS;
	assign sel_normal =  SHFT & ~RDBYPASS;

// Non pipelined Read out. This is a 2 to 1 mux with bypass taking priority
	assign RD = sel_normal & dout | RDBYPASS & WDQ_pr;


// FOR SIMULATION ONLY. REMOVE WHEN ASSERTIONS ARE AVAILABLE!
// The following section figures out the unused address space and forces a X out on the reads/prevents writes
// #unusedbits 0 #lowcmidx 1 #cmstep 1 #cm 2 #maxaddr 256
    wire legal, tiedvalid, empadd;
    assign tiedvalid = 1'b1;

// Max address is 160 --> ['1', '0', '0', '1', '1', '1', '1', '1']
// If the address falls within the space covered by valid address bits , but is > NE , then assign 1 to empadd to indicate it is an invalid address
    assign empadd = ADR[7] & ADR[6] |
                    ADR[7] & ADR[5];
// It is a legal input address if it does not fall in the empty space.
    assign legal = tiedvalid & ~empadd ;
    
    wire [15:0] force_x;
`ifndef SYNTHESIS
    assign force_x = {16{1'bx}};
`else 
    assign force_x = {16{1'b0}};
`endif 

// Generate the read and write clocks for the various CM banks
    wire RdClk0,RdClk1;
    wire WrClk0,WrClk1;
    
    assign RdClk0 = RECLK & ~RADRSWI[0];
    assign RdClk1 = RECLK & RADRSWI[0];
    
    assign WrClk0 = WECLK & ~WAFF[0] & legal;
    assign WrClk1 = WECLK & WAFF[0] & legal;
    
    wire [15:0] rmuxd0, rmuxd1;
    wire [15:0] dout0, dout1;

// Mux the way reads onto the final read busa
// Output X's if the address is invalid
//    assign rmuxd0 = legal ? {16{RdClk0}} & ~dout0 : force_x;
//    assign rmuxd1 = legal ? {16{RdClk1}} & ~dout1 : force_x;
    assign rmuxd0 = {16{RdClk0}} & ~dout0 ;
    assign rmuxd1 = {16{RdClk1}} & ~dout1 ;
    always @(RECLK or rmuxd0 or rmuxd1)
    begin
        if (RECLK)
	    begin
            dout[15:0] <= (rmuxd0[15:0] | rmuxd1[15:0]); // spyglass disable W18 
        end
    end
// Instantiate the memory banks. One for each CM .
    RAMPDP_160X16_GL_M2_D2_ram # (80, 16, 7) iow0 (
		WAFF[7:1],
		WrClk0,
        WMNQ,
		WDQ,
		RADRSWI[7:1],
		dout0
	);

    RAMPDP_160X16_GL_M2_D2_ram # (80, 16, 7) iow1 (
		WAFF[7:1],
		WrClk1,
        WMNQ,
		WDQ,
		RADRSWI[7:1],
		dout1
	);

 
`ifndef SYNTHESIS 
// Tasks for initializing the arrays
// Ramgen function for writing the arrays 
//VCS coverage off    
task mem_write_bank;
  input [7:0] addr;
  input [15:0] data;
  reg   [15:0] wdat;
  begin
    wdat = data;
    if (addr[0] == 1'b0) 
        iow0.mem_wr_raw_subbank(addr[7:1], wdat);
    else if (addr[0] == 1'b1)
        iow1.mem_wr_raw_subbank(addr[7:1], wdat);
  end
endtask

// Ramgen function for reading the arrays 
function [15:0] mem_read_bank;
input [7:0] addr;
reg [15:0] memout;
  begin
    if (addr[0] == 1'b0) 
        memout = iow0.mem_read_raw_subbank(addr[7:1]);
    else if (addr[0] == 1'b1)
        memout = iow1.mem_read_raw_subbank(addr[7:1]);
    mem_read_bank = memout;
  end
endfunction
//VCS coverage on    

`endif  //SYNTHESIS

endmodule
`endif // end EMULATION
`endif // end RAM_INTERFACE 

`ifndef RAM_INTERFACE
`ifndef EMULATION
module RAMPDP_160X16_GL_M2_D2_ram (
   wadr,
   wrclk,
   wrmaskn,
   wrdata,
   radr,
   rout_B
);

// default parameters
parameter  words =  80;
parameter  bits  =  16;
parameter  addrs =  7;

// Write address
input  [addrs-1:0] wadr;
// Write clock
input  wrclk;
// Write data
input  [bits-1:0] wrdata;
// Write Mask
input  [bits-1:0] wrmaskn;

// Read address
input  [addrs-1:0] radr;
// Read out
wire   [bits-1:0]  rdarr;
output [bits-1:0] rout_B;


// Memory . words X bits
reg    [bits-1:0]  arr[0:words-1];

`ifdef SIM_and_FAULT
// regs for inducing faults
reg [bits-1:0] fault_no_write; // block writes to this column
reg [bits-1:0] fault_stuck_0;  // column always reads as 0
reg [bits-1:0] fault_stuck_1;  // column always reads as 1
reg [bits-1:0] bit_fault_stuck_0[0:words-1];  // column always reads as 0
reg [bits-1:0] bit_fault_stuck_1[0:words-1];  // column always reads as 1

initial begin : init_bit_fault_stuck
    integer i;
    integer j;
    fault_no_write = {bits{1'b0}};
    fault_stuck_0  = {bits{1'b0}};
    fault_stuck_1  = {bits{1'b0}};
    for ( i =0; i <=words; i=i+1) begin
        bit_fault_stuck_0[i] = {bits{1'b0}};
        bit_fault_stuck_1[i] = {bits{1'b0}};
    end
end
`endif // FAULT

`ifdef SIM_and_MONITOR
//VCS coverage off    
// monitor variables
reg monitor_on;
reg [words-1:0] word_written;
reg [words-1:0] word_read;
reg [bits-1:0] bit_written[0:words-1];
reg [bits-1:0] bit_read[0:words-1];

initial begin : init_monitor
  integer i;
  monitor_on = 1'b0; 
  for(i=0;i<= words-1;i=i+1) begin
      word_written[i] = 1'b0;
      word_read[i] = 1'b0;
      bit_written[i] = {bits{1'bx}};
      bit_read[i] = {bits{1'bx}};
  end
end  
`endif // MONITOR
//VCS coverage on    

// Bit write enable
// Write only when mask=1. Else hold the data.
`ifdef SIM_and_FAULT
// Include fault registers
wire [bits-1:0] bwe = wrmaskn & ~fault_no_write;
`else //SIM_and_FAULT
wire [bits-1:0] bwe = wrmaskn ;
`endif //SIM_and_FAULT
wire [bits-1:0] bitclk = {bits{wrclk}} & bwe ;

integer i;
`ifdef SIM_and_FAULT
always @(bitclk or wadr or wrdata)
`else 
always @(wrclk or wadr or wrdata)
`endif 
begin
`ifdef SIM_and_FAULT
    for (i=0 ; i<bits ; i=i+1) 
    begin
        if (bitclk[i])
            arr[wadr][i] <= wrdata[i]; // spyglass disable SYNTH_5130,W18
    end
`else 
    if (wrclk) 
        arr[wadr] <= wrdata; // spyglass disable SYNTH_5130,W18
`endif
`ifdef SIM_and_MONITOR
//VCS coverage off    
    for (i=0 ; i<bits ; i=i+1) 
    begin
`ifdef SIM_and_FAULT
        if (bitclk[i]) 
`else 
        if (wrclk)
`endif // FAULT
        begin
            // Check which bits are being written. Also track the values as per table below.
            // 1'bx = not accessed
            // 1'b0 = accessed as a 0
            // 1'b1 = accessed as a 1
            // 1'bz = accessed as both 0 and 1 
            if (monitor_on) begin 
				case (bit_written[wadr][i]) // spyglass disable SYNTH_5130,W18
					1'bx: bit_written[wadr][i] = wrdata[i];
					1'b0: bit_written[wadr][i] = wrdata[i] == 1 ? 1'bz : 1'b0;
					1'b1: bit_written[wadr][i] = wrdata[i] == 0 ? 1'bz : 1'b1;
					1'bz: bit_written[wadr][i] = 1'bz;
				endcase
            end
        end // if
    end //for
    if (monitor_on) begin 
    // Word is considered written if any of the bits are written
`ifdef SIM_and_FAULT
        word_written[wadr] <= |(bitclk) | word_written[wadr]; // spyglass disable SYNTH_5130,W18
`else 
        word_written[wadr] <= wrclk | word_written[wadr]; // spyglass disable SYNTH_5130,W18
`endif // FAULT
    end
`endif // MONITOR
//VCS coverage on    
end

`ifdef SIM_and_FAULT
// Include fault registers
wire [bits-1:0] bre = ~(bit_fault_stuck_1[radr] | bit_fault_stuck_0[radr]); // spyglass disable SYNTH_5130
`else //SIM_and_FAULT
wire [bits-1:0] bre = {bits{1'b1}};
`endif //SIM_and_FAULT

// Read the unlatched data out.
`ifdef SIM_and_FAULT
assign rdarr = (~arr[radr] | bit_fault_stuck_0[radr]) & ~bit_fault_stuck_1[radr]; // spyglass disable SYNTH_5130
`else 
assign rdarr = ~arr[radr]; // spyglass disable SYNTH_5130
`endif 

`ifdef SIM_and_MONITOR
//VCS coverage off    
always @radr begin
    // Check if a bit in the word can be read.
    // 1'bx = not accessed
    // 1'b0 = accessed as a 0
    // 1'b1 = accessed as a 1
    // 1'bz = accessed as both 0 and 1 
    if (monitor_on) begin
        for (i=0; i<bits; i=i+1) begin
	        if (bre[i]) begin
	            case (bit_read[radr][i])
				    1'bx: bit_read[radr][i] = rdarr[i];
					1'b0: bit_read[radr][i] = rdarr[i] == 1 ? 1'bz : 1'b0;
					1'b1: bit_read[radr][i] = rdarr[i] == 0 ? 1'bz : 1'b1;
					1'bz: bit_read[radr][i] = 1'bz;
		        endcase
	        end
	    end
    end 
    // Word is marked read only if any of the bits are read.
    word_read[radr] = |(bre);
end
//VCS coverage on    
`endif // MONITOR

`ifndef SYNTHESIS 
assign #0.1 rout_B = rdarr;
`else 
assign  rout_B = rdarr;
`endif

`ifndef SYNTHESIS
// Task for initializing the arrays

//VCS coverage off    
task mem_wr_raw_subbank;
  input [addrs-1:0] addr;
  input [15:0] data;
  begin
    arr[addr] = data;
  end
endtask

// function for array read
function [15:0] mem_read_raw_subbank;
input [addrs-1:0] addr;
	mem_read_raw_subbank = arr[addr];
endfunction

`ifdef FAULT_INJECTION
// BIST Tasks for inducing faults
// induce faults on columns
task mem_fault_no_write_subbank;
  input [bits-1:0] fault_mask;
   begin
    fault_no_write = fault_mask;
  end
endtask

// Stuck at 0 for entire memory
task mem_fault_stuck_0_subbank;
  input [bits-1:0] fault_mask;
  integer i;
   begin
    for ( i=0; i<words; i=i+1 ) begin
      bit_fault_stuck_0[i] = fault_mask;
    end
  end
endtask

// Stuck at 1 for entire memory
task mem_fault_stuck_1_subbank;
  input [bits-1:0] fault_mask;
  integer i;
   begin
    for ( i=0; i<words; i=i+1 ) begin
      bit_fault_stuck_1[i] = fault_mask;
    end
  end
endtask

// Stuck at 0 for specific bit
task set_bit_fault_stuck_0_subbank;
  input r;
  input c;
  integer r;
  integer c;
  bit_fault_stuck_0[r][c] = 1;
endtask

// Stuck at 1 for specific bit
task set_bit_fault_stuck_1_subbank;
  input r;
  input c;
  integer r;
  integer c;
  bit_fault_stuck_1[r][c] = 1;
endtask

// Clear stuck 0 at bit
task clear_bit_fault_stuck_0_subbank;
  input r;
  input c;
  integer r;
  integer c;
  bit_fault_stuck_0[r][c] = 0;
endtask

// Clear stuck 1 at bit
task clear_bit_fault_stuck_1_subbank;
  input r;
  input c;
  integer r;
  integer c;
  bit_fault_stuck_1[r][c] = 0;
endtask
//VCS coverage on    
`endif //STUCK
`endif //SYNTHESIS

endmodule
`endif // end EMULATION
`endif // end RAM_INTERFACE